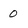
Character: 0